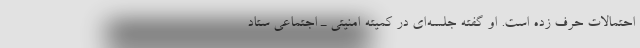
احتمالات حرف زده است. او گفته جلسه‌ای در کمیته امنیتی ـ اجتماعی ستاد